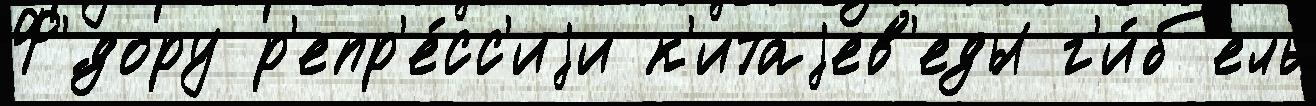
Ф'́дору р'епр'е́сс'иjи к'итаjев'еды г'и́б'ель